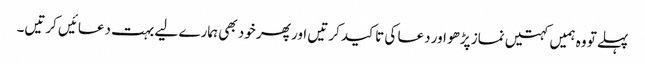
پہلے تو وہ ہمیں کہتیں نماز پڑھو اور دعا کی تاکید کرتیں اور پھر خود بھی ہمارے لیے بہت دعائیں کرتیں۔